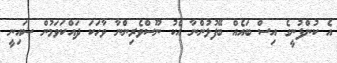
އެ ކުންފުނީގެ އިސް ބައެއް ބޭފުޅުންނާ އެކު ނޫސްވެރިންނާ ވާހަކަ ދައްކަވަމުން ޝައިނީ